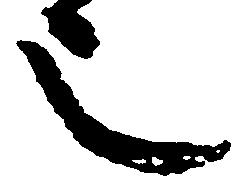
也